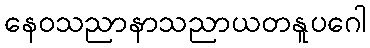
နေဝသညာနာသညာယတနူပဂေါ